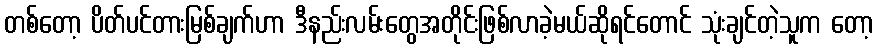
တစ်တော့ ပိတ်ပင်တားမြစ်ချက်ဟာ ဒီနည်းလမ်းတွေအတိုင်းဖြစ်လာခဲ့မယ်ဆိုရင်တောင် သုံးချင်တဲ့သူက တော့